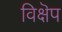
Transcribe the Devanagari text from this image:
विक्षॆप